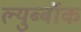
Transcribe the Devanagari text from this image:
ल्युब्बॉक